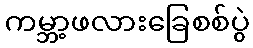
ကမ္ဘာ့ဖလားခြေစစ်ပွဲ